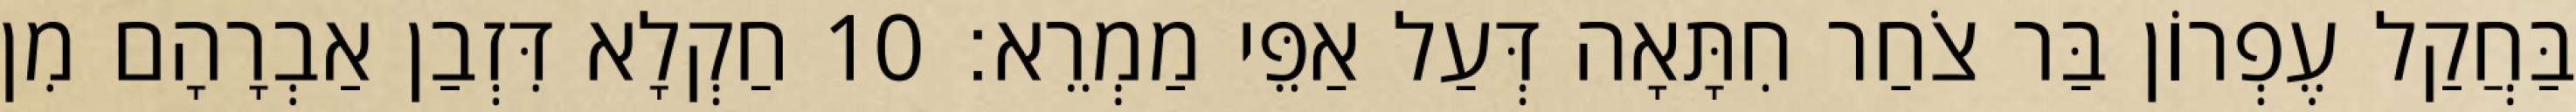
בַּחֲקַל עֶפְרוֹן בַּר צֹחַר חִתָּאָה דְּעַל אַפֵּי מַמְרֵא׃ 10 חַקְלָא דִּזְבַן אַבְרָהָם מִן